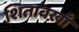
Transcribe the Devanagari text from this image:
शितावख़ाँ